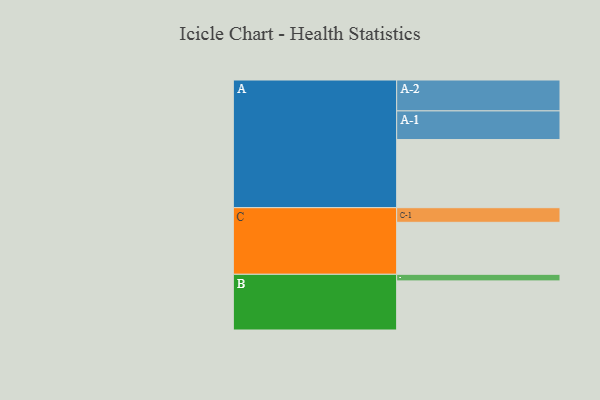
{"axis": {"x": "Segment", "y": "Value"}, "legend": ["", "A", "B", "C"], "data": [{"x": "A", "y": 569, "type": ""}, {"x": "B", "y": 410, "type": ""}, {"x": "C", "y": 434, "type": ""}, {"x": "A-1", "y": 239, "type": "A"}, {"x": "A-2", "y": 258, "type": "A"}, {"x": "B-1", "y": 55, "type": "B"}, {"x": "C-1", "y": 122, "type": "C"}]}